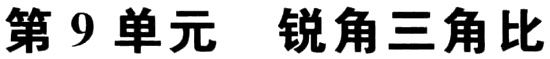
第9单元 锐角三角比